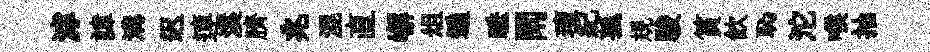
滹諱溝迟連溪臍兆混直嶰俎遍睡閑璮紀孤規駿篔飲恥沱喉抽